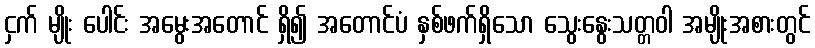
ငှက် မျိုး ပေါင်း အမွေးအတောင် ရှိ၍ အတောင်ပံ နှစ်ဖက်ရှိသော သွေးနွေးသတ္တဝါ အမျိုးအစားတွင်